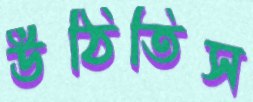
উঠিতিস